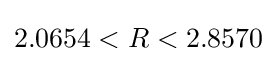
2.0654<R<2.8570